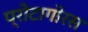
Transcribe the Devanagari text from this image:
प्रोटागोरस